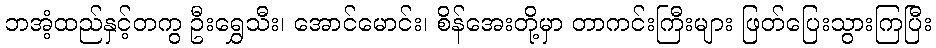
ဘအံ့ထည်နှင့်တကွ ဦးရွှေသီး၊ အောင်မောင်း၊ စိန်အေးတို့မှာ တာကင်းကြီးများ ဖြတ်ပြေးသွားကြပြီး